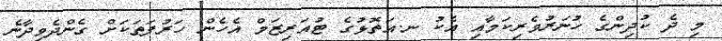
މި ދެ ކުދިންގެ ހުނަރުވެރިކަމާއި އެކު ނ.އަތޮޅުގެ ޓުއަރިޒަމް އެހެން ހަރުފަތަކަށް ގެންދެވިދާނެ